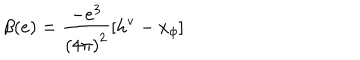
LaTeX: \beta ( e ) = \frac { - e ^ { 3 } } { \left( 4 \pi \right) ^ { 2 } } \left[ h ^ { \textrm { v } } - x _ { \phi } \right]